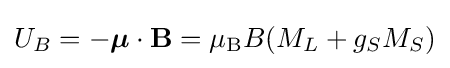
U_{B}=-{\boldsymbol {\mu }}\cdot \mathbf {B} =\mu _{\text{B}}B(M_{L}+g_{S}M_{S})